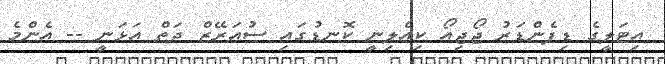
އިޓަލީގެ ޑިފެންޑަރު ޖޯޖިއޯ ކިއެލިނީ ކޮނޑުގައި ސުއަރޭޒް ދަތް އަޅަނީ -- އެންމެ